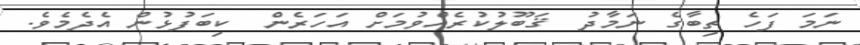
ނަމަ ފަހެ ތިބާގެ ނަމާދު  ޤަބޫލުކުރެއްވުމަށް އަހަރެން  ކިބަފުޅުން އެދެމެވެ.